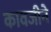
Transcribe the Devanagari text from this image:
कावजीने